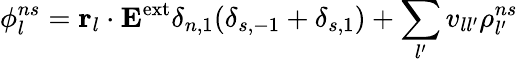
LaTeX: \phi_{l}^{ns}={\mathbf r}_{l}\cdot{\mathbf E}^{\mathrm{ext}}\delta_{n,1}\mathopen{}\left(\delta_{s,-1}+\delta_{s,1}\right)\mathclose{}+\sum_{l^{\prime}}v_{ll^{\prime}}\rho_{l^{\prime}}^{ns}